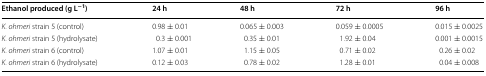
<table><thead><tr><td><b>Ethanol produced (g L<sup>−1</sup>)</b></td><td><b>24 h</b></td><td><b>48 h</b></td><td><b>72 h</b></td><td><b>96 h</b></td></tr></thead><tbody><tr><td><i>K. ohmeri</i> strain 5 (control)</td><td>0.98 ± 0.01</td><td>0.065 ± 0.003</td><td>0.059 ± 0.0005</td><td>0.015 ± 0.0025</td></tr><tr><td><i>K. ohmeri</i> strain 5 (hydrolysate)</td><td>0.3 ± 0.001</td><td>0.35 ± 0.01</td><td>1.92 ± 0.04</td><td>0.001 ± 0.0015</td></tr><tr><td><i>K. ohmeri</i> strain 6 (control)</td><td>1.07 ± 0.01</td><td>1.15 ± 0.05</td><td>0.71 ± 0.02</td><td>0.26 ± 0.02</td></tr><tr><td><i>K. ohmeri</i> strain 6 (hydrolysate)</td><td>0.12 ± 0.03</td><td>0.78 ± 0.02</td><td>1.28 ± 0.01</td><td>0.04 ± 0.008</td></tr></tbody></table>